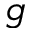
g